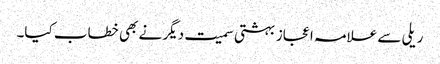
ریلی سے علامہ اعجاز بہشتی سمیت دیگر نے بھی خطاب کیا۔